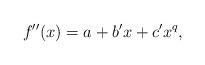
LaTeX: \begin{align*}f''(x) = a+b'x+c'x^q,\end{align*}